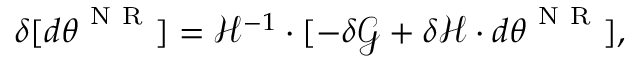
\delta [ d { \boldsymbol { \theta } } ^ { \mathrm { ~ N ~ R ~ } } ] = \mathcal { H } ^ { - 1 } \cdot [ - \delta \boldsymbol { \mathcal { G } } + \delta \mathcal { H } \cdot d { \boldsymbol { \theta } } ^ { \mathrm { ~ N ~ R ~ } } ] ,